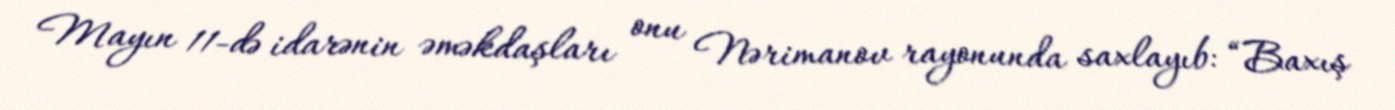
Mayın 11-də idarənin əməkdaşları onu Nərimanov rayonunda saxlayıb: “Baxış